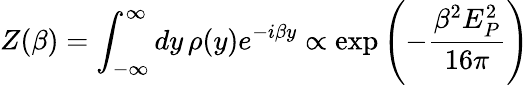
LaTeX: Z(\beta)=\int_{-\infty}^{\infty}dy\, \rho(y)e^{-i\beta y}\propto\exp\left(-{\frac{\beta^{2}E_{P}^{2}}{16\pi}}\right)